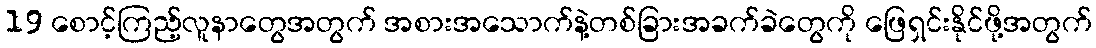
19 စောင့်ကြည့်လူနာတွေအတွက် အစားအသောက်နဲ့တစ်ခြားအခက်ခဲတွေကို ဖြေရှင်းနိုင်ဖို့အတွက်